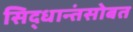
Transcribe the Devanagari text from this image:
सिद्धान्तंसोबत